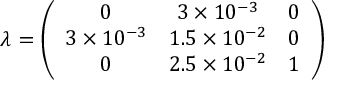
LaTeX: \lambda = \left( \begin{array} { c c c } { { 0 } } & { { 3 \times 1 0 ^ { - 3 } } } & { { 0 } } \\ { { 3 \times 1 0 ^ { - 3 } } } & { { 1 . 5 \times 1 0 ^ { - 2 } } } & { { 0 } } \\ { { 0 } } & { { 2 . 5 \times 1 0 ^ { - 2 } } } & { { 1 } } \end{array} \right)